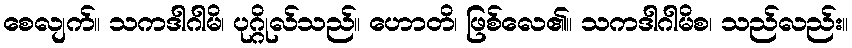
စေလျက်။ သကဒါဂါမိ၊ ပုဂ္ဂိုလ်သည်။ ဟောတိ၊ ဖြစ်လေ၏။ သကဒါဂါမိစ၊ သည်လည်း။